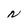
Character: N